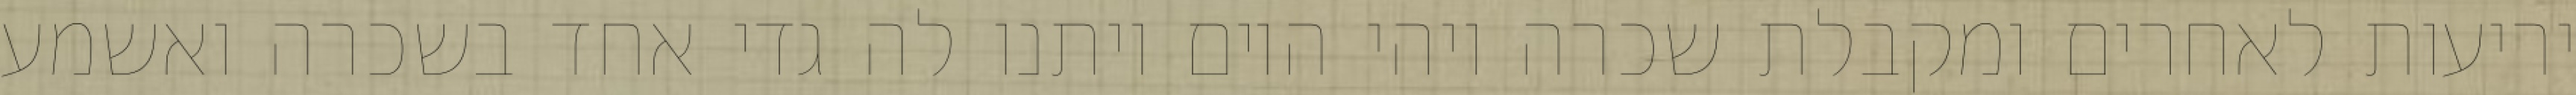
יריעות לאחרים ומקבלת שכרה ויהי היום ויתנו לה גדי אחד בשכרה ואשמע